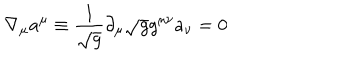
\nabla _ { \mu } a ^ { \mu } \equiv { \frac { 1 } { \sqrt g } } \partial _ { \mu } \sqrt g g ^ { \mu \nu } a _ { \nu } = 0